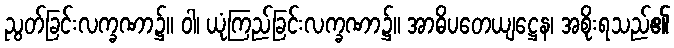
ညွတ်ခြင်းလက္ခဏာ၌။ ဝါ၊ ယုံကြည်ခြင်းလက္ခဏာ၌။ အာဓိပတေယျဋ္ဌေန၊ အစိုးရသည်၏